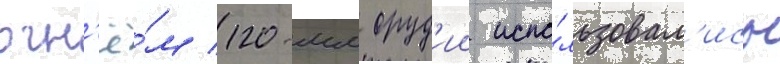
огн'ё́м 120-мм оруд'ии испо́льзовал'ись